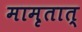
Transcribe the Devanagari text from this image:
मामृतात्‌